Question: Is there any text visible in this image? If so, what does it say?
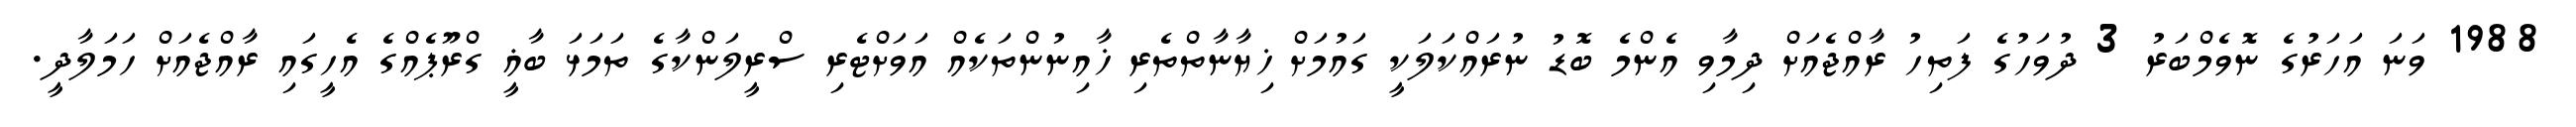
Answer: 1988 ވަނަ އަހަރުގެ ނޮވެމްބަރު 3 ދުވަހުގެ ފަތިހު ރާއްޖެއަށް ދިމާވި އެންމެ ބޮޑު ނުރައްކަލަކީ ގައުމަށް ޚިޔާނާތްތެރި ޚާއިނުންތަކެއް އަވަށްޓެރި ސްރީލަންކާގެ ތަމަޅަ ބާޣީ ގްރޫޕެއްގެ އެހީގައި ރާއްޖެއަށް ހަމަލާދީ.